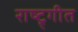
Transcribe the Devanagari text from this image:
राष्ट्र्गीत